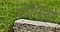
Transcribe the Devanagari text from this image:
टोनिना